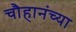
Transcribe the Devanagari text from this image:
चौहानंच्या